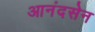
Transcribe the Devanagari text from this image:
आनंदसेन